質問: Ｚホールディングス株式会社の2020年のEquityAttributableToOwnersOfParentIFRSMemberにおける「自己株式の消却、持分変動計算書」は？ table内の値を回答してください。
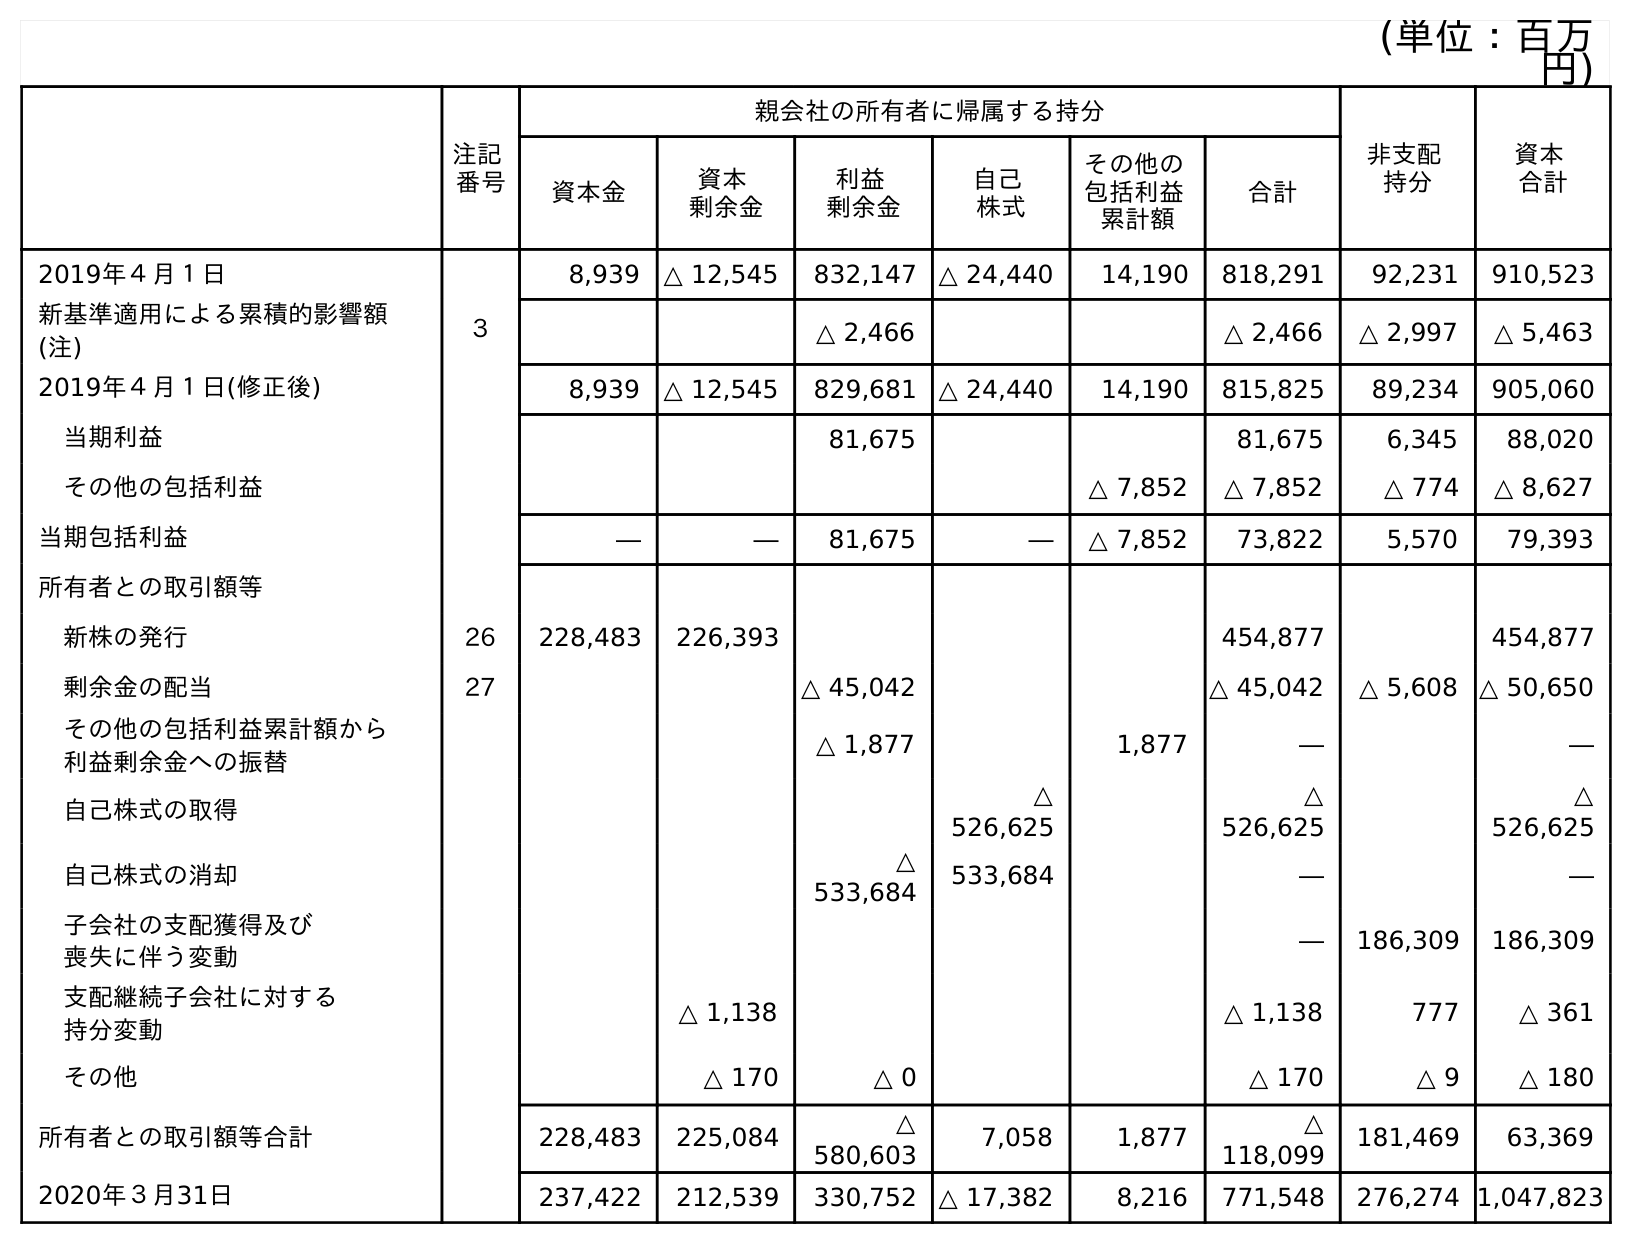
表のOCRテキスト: (単位：百万 円) 注記 番号 親会社の所有者に帰属する持分 非支配 持分 資本 合計 資本金 資本 剰余金 利益 剰余金 自己 株式 その他の 包括利益 累計額 合計 2019年４月１日 8,939 △ 12,545 832,147 △ 24,440 14,190 818,291 92,231 910,523 新基準適用による累積的影響額 (注) ３ △ 2,466 △ 2,466 △ 2,997 △ 5,463 2019年４月１日(修正後) 8,939 △ 12,545 829,681 △ 24,440 14,190 815,825 89,234 905,060 当期利益 81,675 81,675 6,345 88,020 その他の包括利益 △ 7,852 △ 7,852 △ 774 △ 8,627 当期包括利益 ― ― 81,675 ― △ 7,852 73,822 5,570 79,393 所有者との取引額等 新株の発行 26 228,483 226,393 454,877 454,877 剰余金の配当 27 △ 45,042 △ 45,042 △ 5,608 △ 50,650 その他の包括利益累計額から 利益剰余金への振替 △ 1,877 1,877 ― ― 自己株式の取得 △ 526,625 △ 526,625 △ 526,625 自己株式の消却 △ 533,684 533,684 ― ― 子会社の支配獲得及び 喪失に伴う変動 ― 186,309 186,309 支配継続子会社に対する 持分変動 △ 1,138 △ 1,138 777 △ 361 その他 △ 170 △ 0 △ 170 △ 9 △ 180 所有者との取引額等合計 228,483 225,084 △ 580,603 7,058 1,877 △ 118,099 181,469 63,369 2020年３月31日 237,422 212,539 330,752 △ 17,382 8,216 771,548 276,274 1,047,823
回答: ―